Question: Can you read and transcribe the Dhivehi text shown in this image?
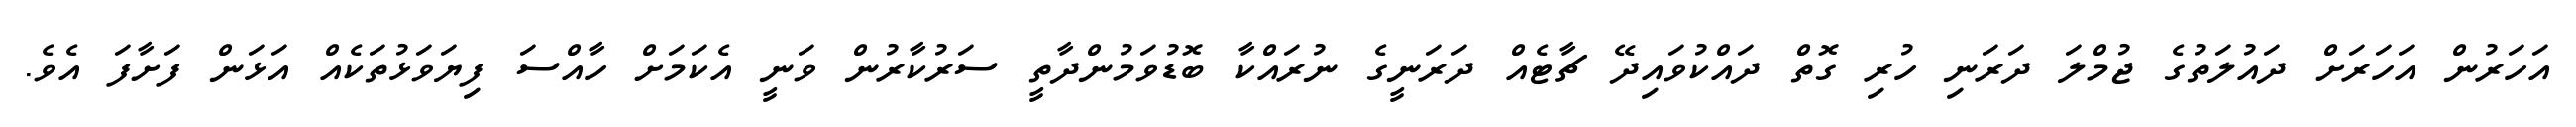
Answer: އަހަރުން އަހަރަށް ދައުލަތުގެ ޖުމްލަ ދަރަނި ހުރި ގޮތް ދައްކުވައިދޭ ޗާޓެއް ދަރަނީގެ ނުރައްކާ ބޮޑުވަމުންދާތީ ސަރުކާރުން ވަނީ އެކަމަށް ހާއްސަ ފިޔަވަޅުތަކެއް އަޅަން ފަށާފަ އެވެ.